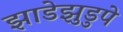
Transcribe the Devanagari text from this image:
झाडेझुडुपे